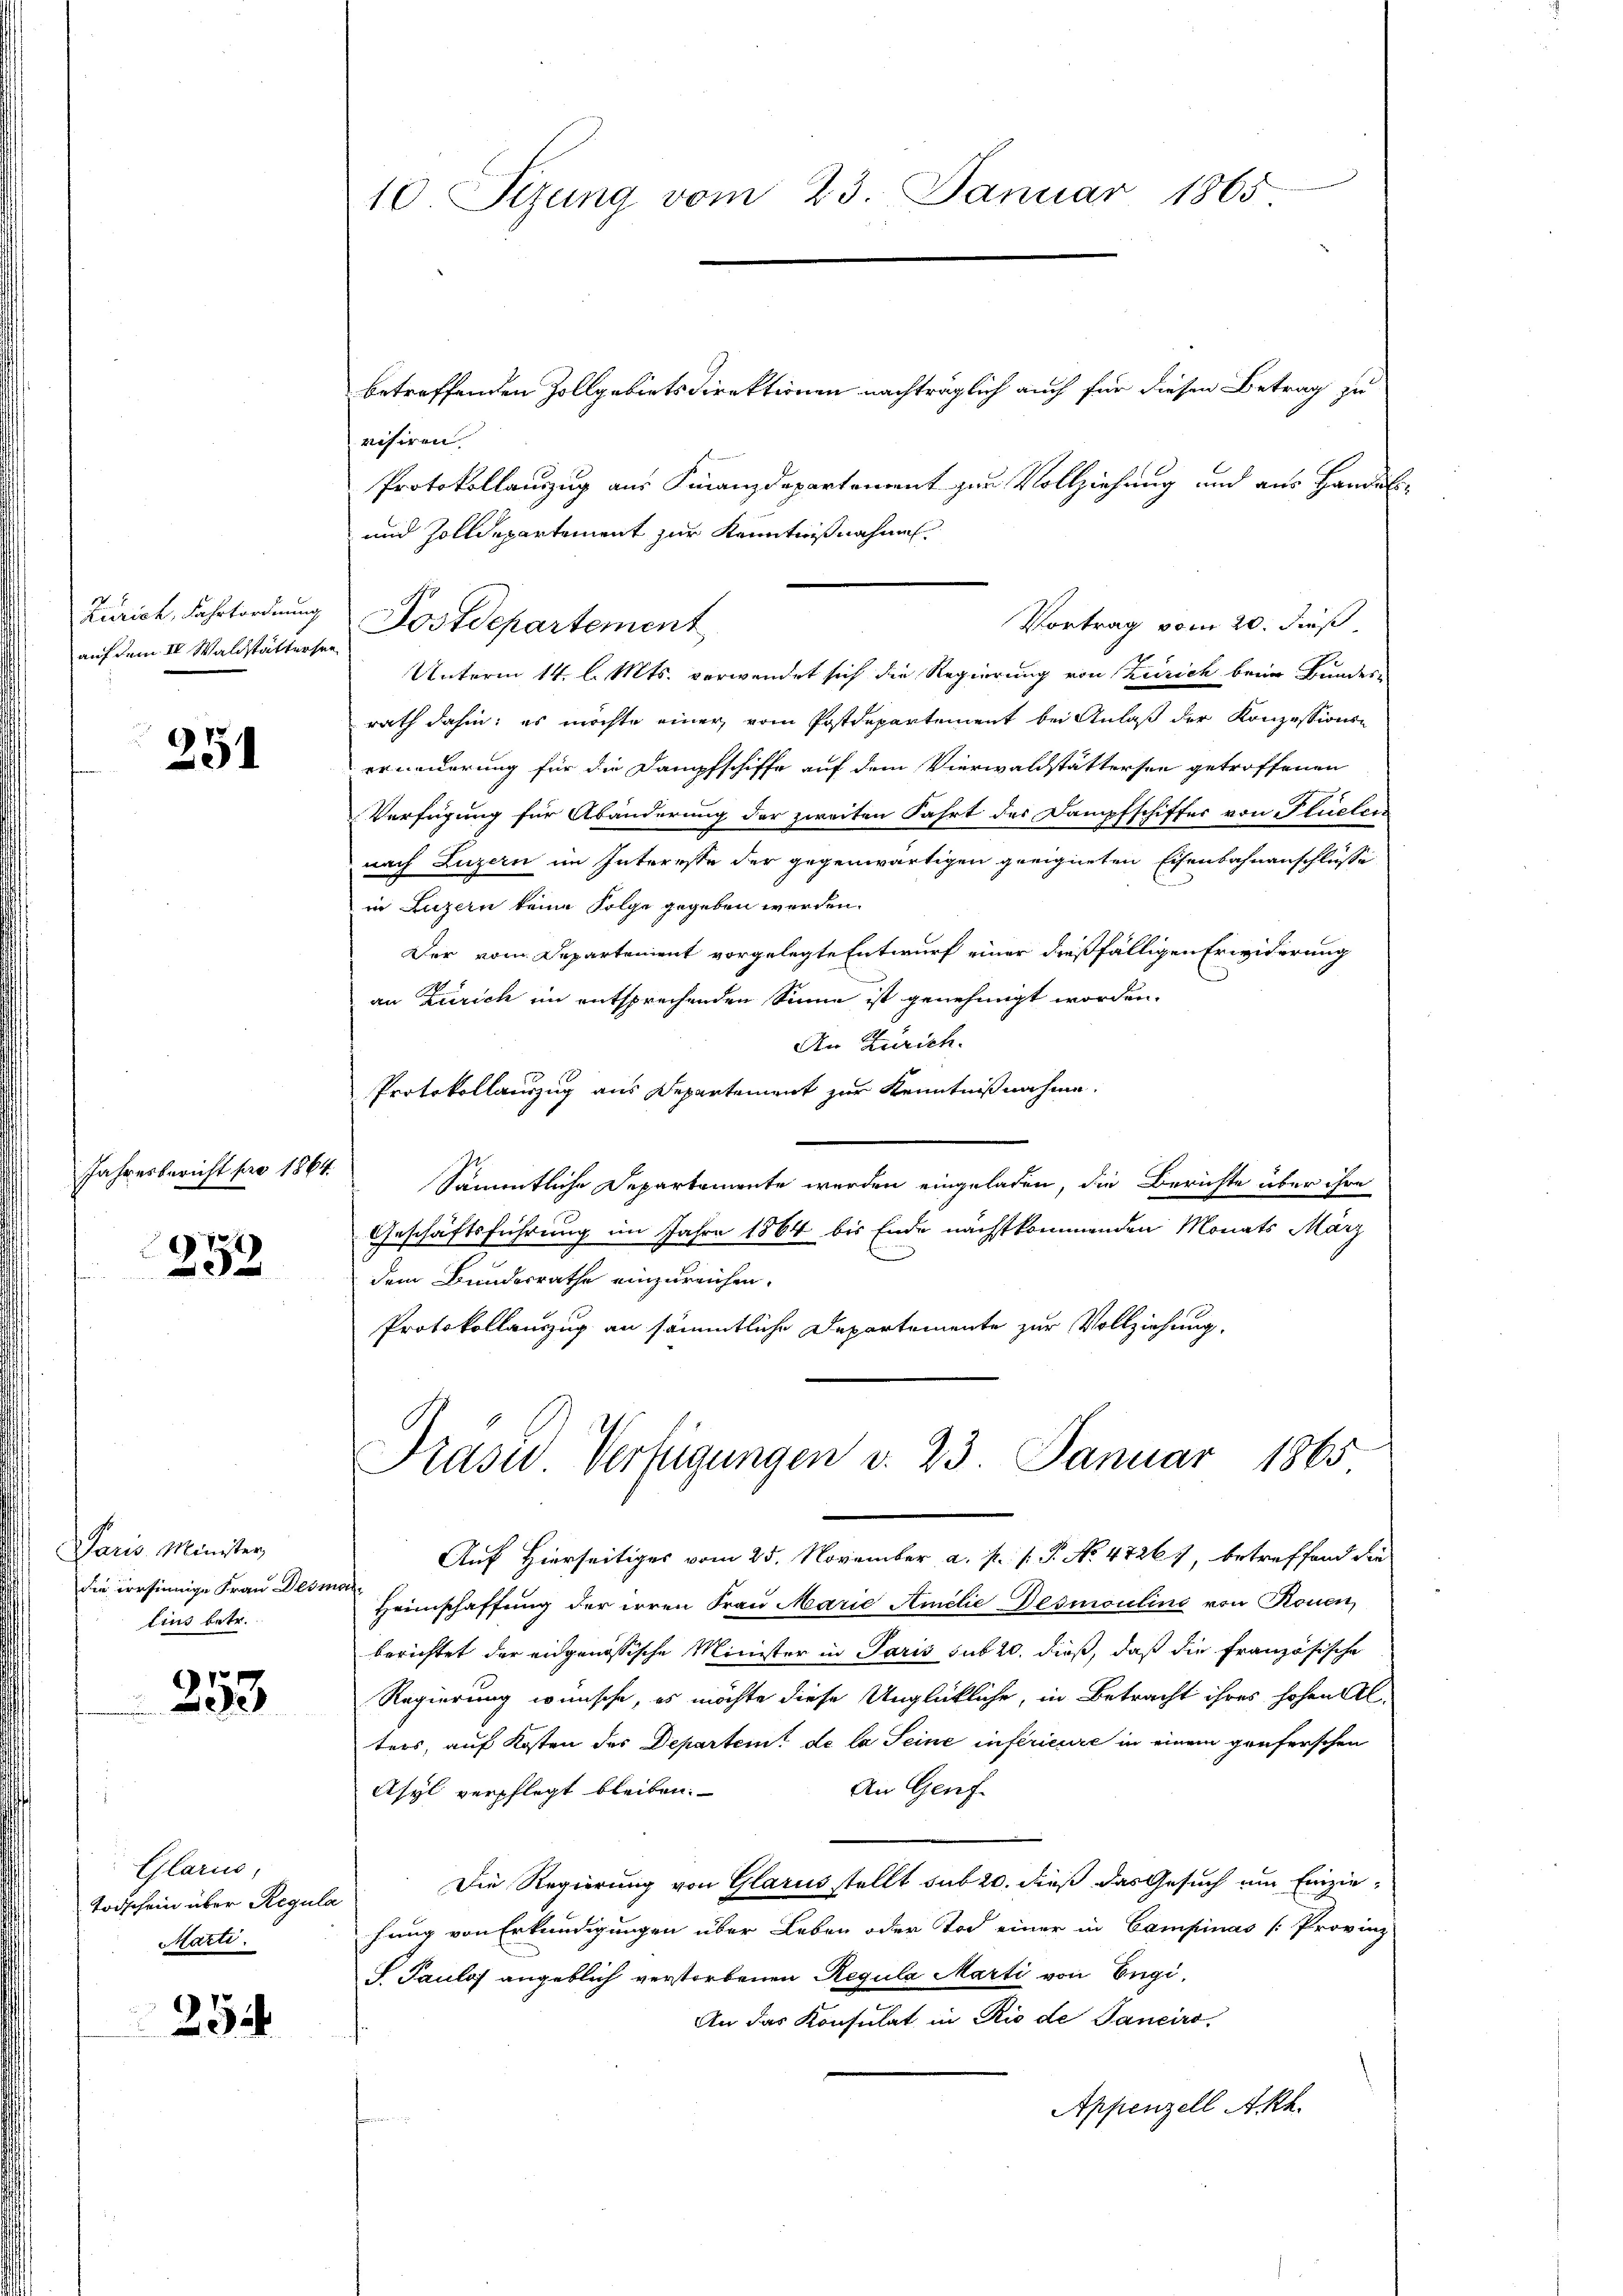
Zürich, Fahrtordnung
auf dem IV. Waldstättersan

254

Jahresbericht pro 1864

252

Paris Minister,
die versinnige Frau Dess
lins betr.

253

Glarus,
Todschein über Regula
Marti.

234

10. Sitzung vom 23. Januar 1865.

betreffenden Zollgebietsdirektionen nachträglich auch für diesen Betrag zu
visiren.
Protokollauszug aus Finanzdepartement zur Vollziehung und aus Handel¬
und Zolldepartement zur Kenntnißnahmen
Vortrag vom 20. dieß,
Unterm 14. l. Mts. verwendet sich die Regierung von Zürich beim Bundes-
rath dahin; es möchte einer vom Postdepartement bei Anlaß der Konzessionen
erneuerung für die Dampfschiffe auf dem Vierwaldstättersee getroffenen
Verfügung für Abänderung der zweiten Fahrt des Dampfschiffer von Plüeter
nach Luzern im Interesse der gegenwärtigen geeigneten Eisenbahnanschlüsse
in Luzern keine Folge gegeben werden.
Der vom Departement vorgelegte Entwurf einer dießfälligen Erwiderung
an Zürich im entsprechenden Sinne ist genehmigt worden.
An Zürich.
Protokollauszug aus Departement zur Kenntnißnahme.
Sämmtliche Departemente werden eingeladen, die Berichte über ihre
Geschäftsführung im Jahre 1864 bis Ende nächstkommenden Monats März
dem Bundesrathe einzureichen.
Protokollauszug an sämmtliche Departemente zur Vollziehung.
Präsid. Verfügungen d. 23. Januar 1865
Auf Hierseitiges vom 25. November a. p. 1. P. No. 47261, betreffend die
af¬
Heimschaffung der irren Frau Marie Amilie Desmouline von Rouen,
berichtet der eidgenössische Minister in Paris sub 20. dieß, daß die Französische
Regierung wünsche, es möchte diese Unglückliche, in Betracht ihres hohen Al-
ters, auf Kosten des Departeit de la Seine inférieure in einem geüferschen
An Genf.
Asyl verpflegt bleiben.
Die Regierung von Glarus stellt sub 20. dieß das Gesuch um Einzie-
hung von Erkundigungen über Leben oder Tod einer in Campinas [Provinz
S. Paulos angeblich verstorbenen Regula Marti von Engi¬
An das Konsulat in Rio de Panciro,
Appenzell Akt.

Postdepartement